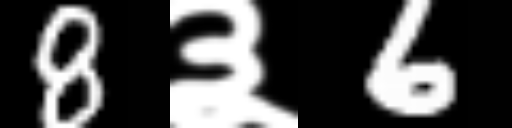
Text: 8३6